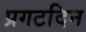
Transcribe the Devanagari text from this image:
प्रगटदिन